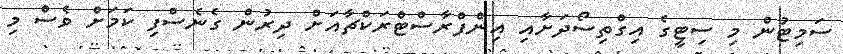
ސަމިޓުން މި ސިޓީގެ އިގްތިސޯދަށާއި އިންފްރާސްޓްރަކްޗާއަށް ދިރުން ގެނެސްފި ކަމަށް ވެސް މި